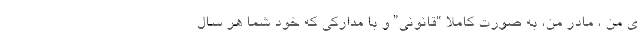
ی من ، مادر من، به صورت کاملا “قانونی” و با مدارکی که خود شما هر سال